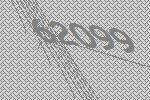
62099